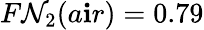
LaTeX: F\mathcal{N}_{2}(a\mathbf{i}r)=0.79